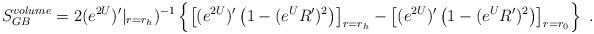
LaTeX: \begin{align*}S_{GB}^{volume} = 2 (e^{2U})'|_{r=r_h})^{-1} \left\{ \left[(e^{2U})'\left(1 - (e^{U} R')^2\right)\right]_{r=r_h} - \left[(e^{2U})'\left(1 - (e^{U} R')^2\right)\right]_{r = r_0} \right\} \ .\end{align*}